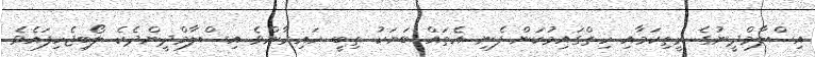
އިސްލާމްދީނުގެ ރީތިކަމާއި ހިތްގައިމުކަން ފެނި އެތައް ބަޔަކު ތިބީ ހައިރާންވެ އިސްލާމްދީންދެކެ ލޯބިޖެހިފައެވެ.